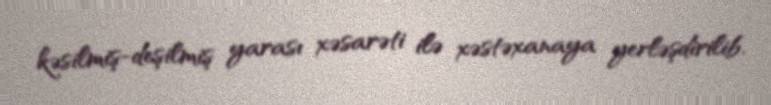
kəsilmiş-deşilmiş yarası xəsarəti ilə xəstəxanaya yerləşdirilib.